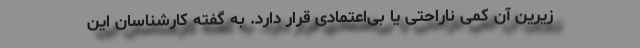
زیرین آن کمی ناراحتی یا بی‌اعتمادی قرار دارد. به گفته کارشناسان این